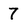
Character: 7